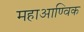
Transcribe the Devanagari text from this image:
महाआण्विक